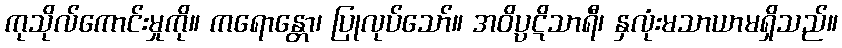
ကုသိုလ်ကောင်းမှုကို။ ကရောန္တော၊ ပြုလုပ်သော်။ အဝိပ္ပဋိသာရီ၊ နှလုံးမသာယာမရှိသည်။